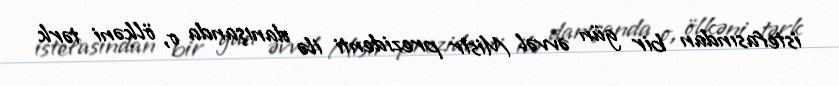
istefasından bir gün əvvəl Misir prezidenti ilə danışanda o, ölkəni tərk